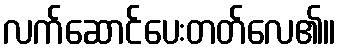
လက်ဆောင်ပေးတတ်လေ၏။